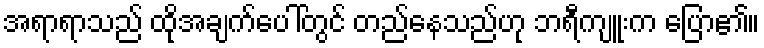
အရာရာသည် ထိုအချက်ပေါ်တွင် တည်နေသည်ဟု ဘရီကျူးက ပြော၏။